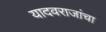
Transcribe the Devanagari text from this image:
यादवराजांचा